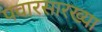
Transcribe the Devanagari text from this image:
पवारसारख्या